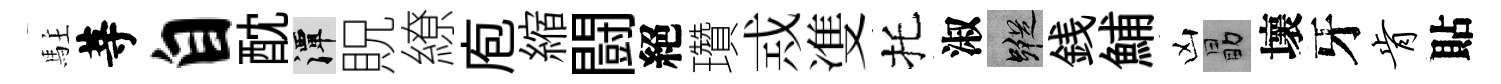
駐䓁自酖潭貺繚庖縮闘絕瓚𢦶㕠托淑蹤銭鯆凶勗壞牙肯貼